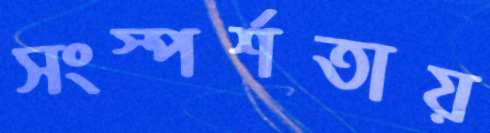
সংস্পর্শতায়